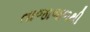
તાજાજળથી